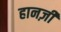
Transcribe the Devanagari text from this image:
हानज़ी